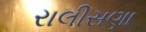
રાલીસણા